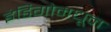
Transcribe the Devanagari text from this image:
इंडिगोमधून